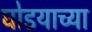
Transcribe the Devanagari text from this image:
घोडयाच्या